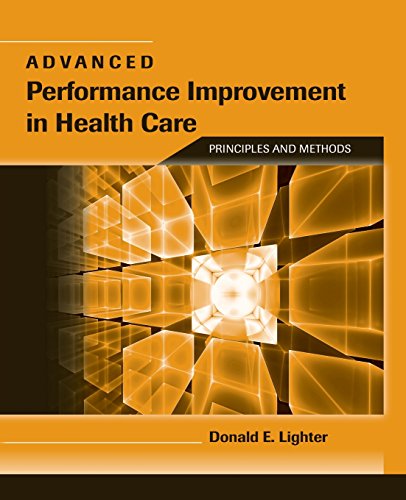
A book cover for Advanced Performance Improvement In Health Care: Principles And Methods; Donald Lighter; Medical Books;